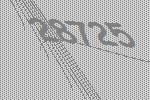
28725